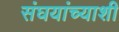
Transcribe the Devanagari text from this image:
संघयांच्याशी